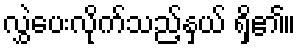
လွှဲပေးလိုက်သည့်နှယ် ရှိ၏။